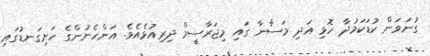
ގުނަވަން ކުޑަކަމުދާ ހޮޅި އަދި މަސާނާ ގައި މިޖަރާސީމް ދިރިއުޅެއެވެ. އަންހެނުންގެ ހަށިގަނޑުގައި